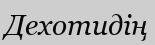
Дехотидің